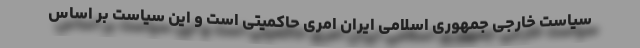
سیاست خارجی جمهوری اسلامی ایران امری حاکمیتی است و این سیاست بر اساس